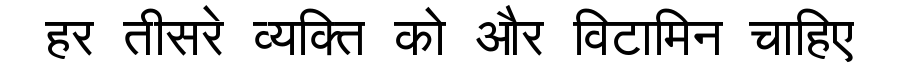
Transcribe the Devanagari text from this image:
हर तीसरे व्यक्ति को और विटामिन चाहिए